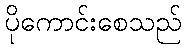
ပိုကောင်းစေသည်